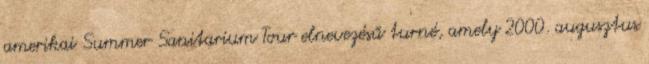
amerikai Summer Sanitarium Tour elnevezésű turné, amely 2000. augusztus